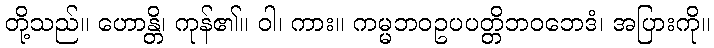
တို့သည်။ ဟောန္တိ၊ ကုန်၏။ ဝါ၊ ကား။ ကမ္မဘဝဥပပတ္တိဘဝဘေဒံ၊ အပြားကို။